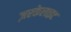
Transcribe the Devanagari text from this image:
ज़रकेलाइट